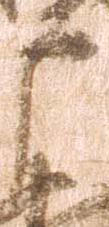
戸